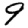
Digit: 9